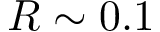
R \sim 0 . 1